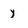
Character: y